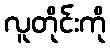
လူတိုင်းကို